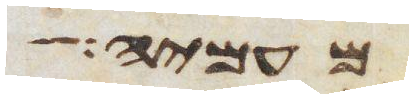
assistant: מעמיה